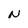
Character: N